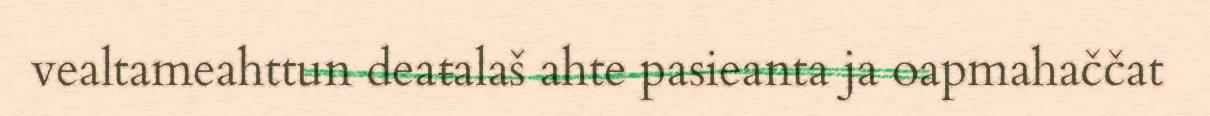
vealtameahttun deaŧalaš ahte pasieanta ja oapmahaččat